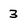
Character: 3